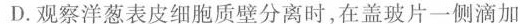
D.观察洋葱表皮细胞质壁分离时，在盖玻片一侧滴加